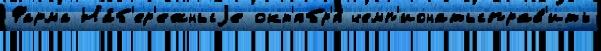
Фарма На́б'ер'ежныjе окт'ябр'я́ чемп'ионатыправ'ить